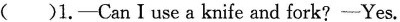
( )1.-CanIuse a knife and fork? -Yes.